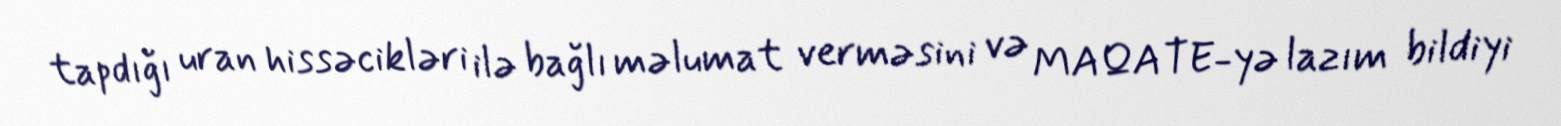
tapdığı uran hissəcikləri ilə bağlı məlumat verməsini və MAQATE-yə lazım bildiyi